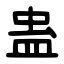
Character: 蛊